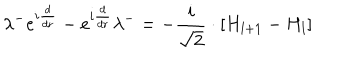
LaTeX: \lambda ^ { - } e ^ { i \frac { d } { d r } } - e ^ { i \frac { d } { d r } } \lambda ^ { - } = - \frac { i } { \sqrt { 2 } } \cdot \left[ H _ { l + 1 } - H _ { l } \right]